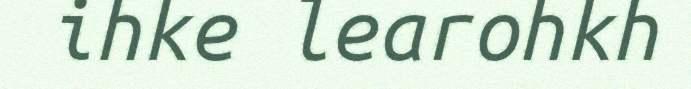
ihke learohkh